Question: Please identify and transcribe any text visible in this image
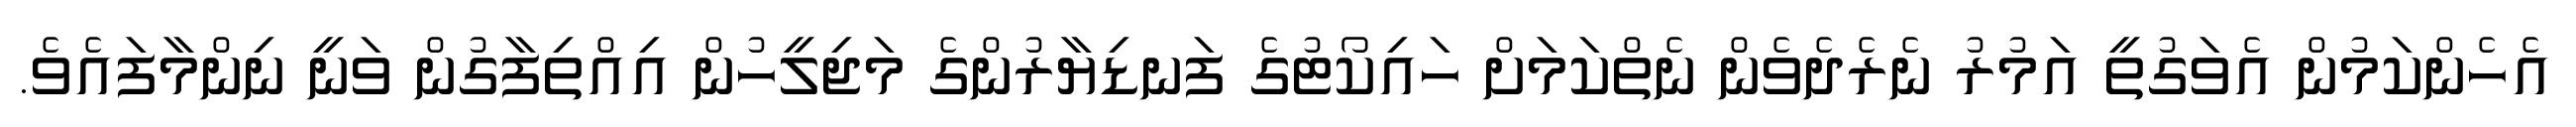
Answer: އެހެންކަމުން އެވަގުތީ އަމުރު ނެރެދެވެން ނެތްކަމަށް ހައިކޯޓުގެ ފަނޑިޔާރުންގެ މަޖިލީހުން އިއްތިފާގުން ވަނީ ނިންމާފައެވެ.